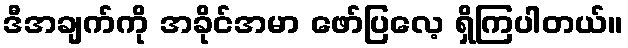
ဒီအချက်ကို အခိုင်အမာ ဖော်ပြလေ့ ရှိကြပါတယ်။